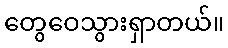
တွေဝေသွားရှာတယ်။